Vital statistics of India. Vol. VI, European troops 1870-79
Year: 1870
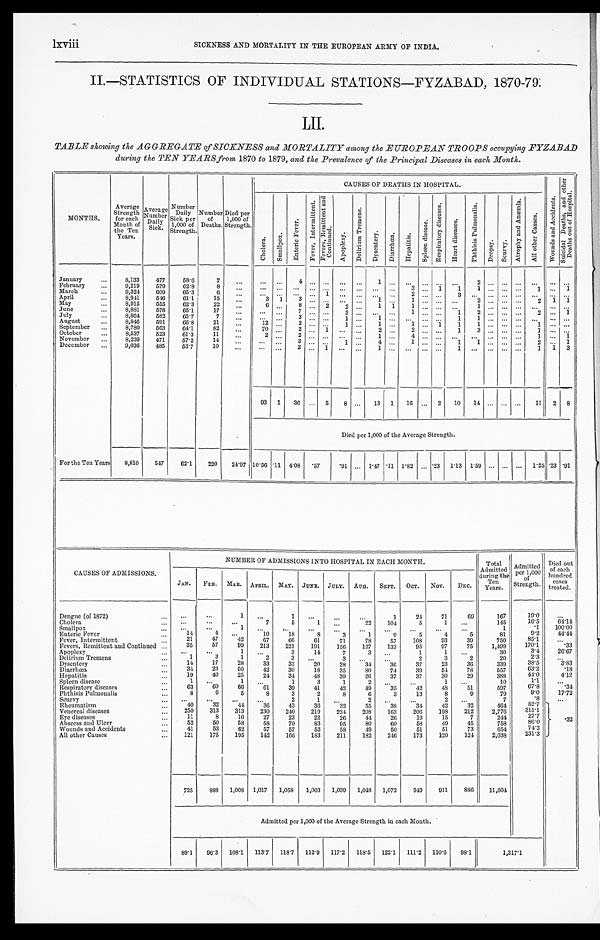
lxviii SICKNESS AND MORTALITY IN THE EUROPEAN ARMY OF INDIA.
II.—STATISTICS OF INDIVIDUAL STATIONS—FYZABAD, 1870-79.
LII.
TABLE showing the AGGREGATE of SICKNESS and MORTALITY among the EUROPEAN TROOPS occupying FYZABAD
during the TEN YEARS from 1870 to 1879, and the Prevalence of the Principal Diseases in each Month.
MONTHS.
Average
Strength
for each
Month of
the Ten
Years.
Average
Number
Daily
Sick.
Number
Daily S i c k p e r
1 , 0 0 0 o f
S t r e n g t h .
Number
of
Deaths.
Died per
1,000 of
Strength.
CAUSES OF DEATHS IN HOSPITAL.
W o u n d s a n d A c c i d e n t s .
S u i c i d a l D e a t h s , a n d o t h e r D e a t h s o u t o f H o s p i t a l .
C h o l e r a .
S m a l l p o x .
E n t e r i c F e v e r .
F e v e r , I n t e r m i t t e n t .
F e v e r s , R e m i t t e n t a n d C o n t i n u e d .
A p o p l e x y .
D e l i r i u m T r e m e n s .
D y s e n t e r y . D i a r r h œ a . H e p a t i t i s .
S p l e e n d i s e a s e .
R e s p i r a t o r y d i s e a s e s .
H e a r t d i s e a s e s .
P h t h i s i s P u l m o n a l i s .
D r o p s y . S c u r v y .
A t r o p h y a n d A n æ m i a .
A l l o t h e r C a u s e s .
January
...
8,133
477
58.6
7
. . . ...
. . . 4 ...
. . . . . . . . .
1 . . .
. . . . . . . . .
. . .
2
. . . . . . . . . ...
. . . . . .
February
...
9,219
579
62.8
8
...
... ... ... ... ... ... ... ... ...
3 . . . 1 1 1
. . . . . . . . . 1
. . . 1
March
...
9,324 609
65.3
6
. . . ...
. . .
... ...
1 . . . . . .
. . . . . .
2 . . . . . . 3 ...
. . . . . . . . . ...
. . . . . .
April
. . . 8,941 546
61.1
15
...
3 1
3
...
. . . ... . . . 1
. . . 1 ... . . . ... 2
. . . . . . ...
2 1 1
May
...
8,915
555
62.3
22
... 6
. . . 8 ...
2 2 ...
1
1
1 . . . . . . ... 1
. . . . . . . . .
. . . . . . ...
June
...
8,881
578
65.1
17
... ...
. . . 7 ...
. . . 3 . . .
. . . . . .
1 . . . . . . 1 2
. . . . . . . . . 2 . . . 1
July
...
8,864 582
65.7
7 ...
... ...
3 ... ...
1 . . .
1 . . .
. . . . . . . . . 1 2
. . . . . . . . . 2 . . . 1
August
. . . 8,846 591
66.8
21
...
12 ...
2 ...
. . . 1 ...
1 ...
. . . . . . . . . 1 1
. . . . . . . . . ... . . . . . .
September ...
8,780
563
64.1
82
...
70 ...
2 ...
1 ... ...
2 . . .
2 . . . . . .
1
3
. . . . . . . . . 1 . . . . . .
October
. . .
8,537
523
61.3
11
...
2
. . . 2 ... . . . ...
. . . 1 ...
4 . . . . . .
......
. . . ... ...
1
. . . 1
November
. . . 8,239
471
57.2
14 ...
...
...
3 .. . ...
1 ...
4 . . .
1 . . . . . . 1
1
. . . ... ...
2 ... 1
December ...
9,036
485
53.7
10
...
...
. . . 2 ...
1 . . . . . .
1 . . .
. . . . . . . . .
1 ... ... ... ...
1 1 3
93 1 36 ... 5 8 ... 13 1 16 ... 2 10 14 ... ... ...
1 1 2 8
Died per 1,000 of the Average Strength.
For the Ten Years 8,810
547
62.1
220 24.97 10.56 .11 4.08 .57
.91 ... 1.47 .11 1.82 ... .23 1.13 1.59 ... ... ... 1.25 .23 .91
CAUSES OF ADMISSIONS.
NUMBER OF ADMISSIONS INTO HOSPITAL IN EACH MONTH.
Total
Admitted
during the
Ten
Years.
Admitted
per 1 , 0 0 0
of
Strength.
Died out
of each
hundred
cases
treated.
JAN. FEB. MAR. APRIL. MAY. JUNE. JULY. AUG. SEPT. OCT. NOV. DEC.
Dengue (of 1872)
...
. . .
. . .
1 ...
1 ..
. . .
...
1
24
71
69
167
19.0
. . .
Cholera
... . . .
. . .
. . .
7
5
1
. . .
22
104
5
1 ...
145
16.5
6 4 . 1 4
Smallpox
... ...
...
1
. . . ...
...
...
...
...
. . .
. . . ...
1
.1
100. 00
Enteric Fever
. . .
1 4
4
...
10
18
8
3
1
9
5
4
5
8 1
9 . 2
4 4 . 4 4
Fever, Intermittent
...
2 1
4 7
4 2
67
66
61
71
78
57
108
9 3
3 9
7 5 0 85.1
. . .
Fevers, Remittent and Continued ...
35
57
99
213
221
191
156
127
133
95
97
75
1,499
1 7 0 . 1
. 3 3
Apoplexy
... ...
. . .
1 ...
3
14
7
3
. . .
1
1
. . .
30
3 . 4
2 6 . 6 7
Delirium Tremens
...
1
3
1
2
3
. . .
3 ...
..
2
3
2
2 0
2 . 3
. . .
Dysentery
. . .
14
17
28
33
33
20
28
34
36
37
23
36
339
3 8 . 5
3 . 8 3
DiarrHœa
...
34
23
50
42
30
18
35
80
74
39
54
78
557
6 3 . 2
.18
Hepatitis
. . .
19
40
25
24
34
48
39
26
37
37
30
29
3 8 8
4 4 . 0
4 . 1 2
Spleen disease
...
1 ...
1 ...
1
3
1
2
. . . ...
1 ...
10
1 . 1
...
Respiratory diseases
...
63
6 0
66
61
39
41
42
49
35
42
4 8
5 1
5 9 7
6 7 . 8
. 3 4
Phthisis Pulmonalis
. . .
8
6
5
8
3
2
8
6
3
13
8
9
79
9 . 0
17. 72
Scurvy
. . . . . .
...
...
...
2
1
. . .
2
. . . ...
2
. . .
7
. 8
... . 3 2
Rheumatism
. . .
40
32
44
36
43
36
32
55
38
34
42
32
464
5 2 . 7
Venereal diseases
. . . 250
313
313
230
240 219
224 208
163
206
198
212
2,776
3 1 5 . 1
Eye diseases
. . .
11
8
16
27
23
22
26
44
26
19
15
7
244
2 7 . 7
Abscess and Ulcer
...
52
50
58
58
70
83
95
80
60
58
49
45
758
8 6 . 0
Wounds and Accidents
...
41
53
62
57
57
52
58
49
50
51
51
73
654
74.2
All other Causes
... 121
175
195
142
166
183
211
182
246
173
120
124
2,038
2 3 1 . 3
725
888 1,008 1,017 1,058 1,003 1,039 1,048 1,072
949
911
886 11,604
Admitted per 1,000 of the Average Strength in each Month.
89.1 96.3 108.1 113.7 118.7 112.9 117.2 118.5 122.1 111.2 110.6 98.1
1,317.1